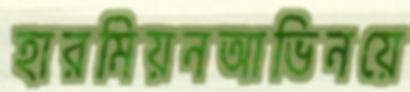
হারমিয়নআভিনয়ে